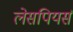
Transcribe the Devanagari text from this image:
लेसपियर्स